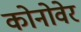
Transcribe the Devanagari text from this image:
कोनोवेर